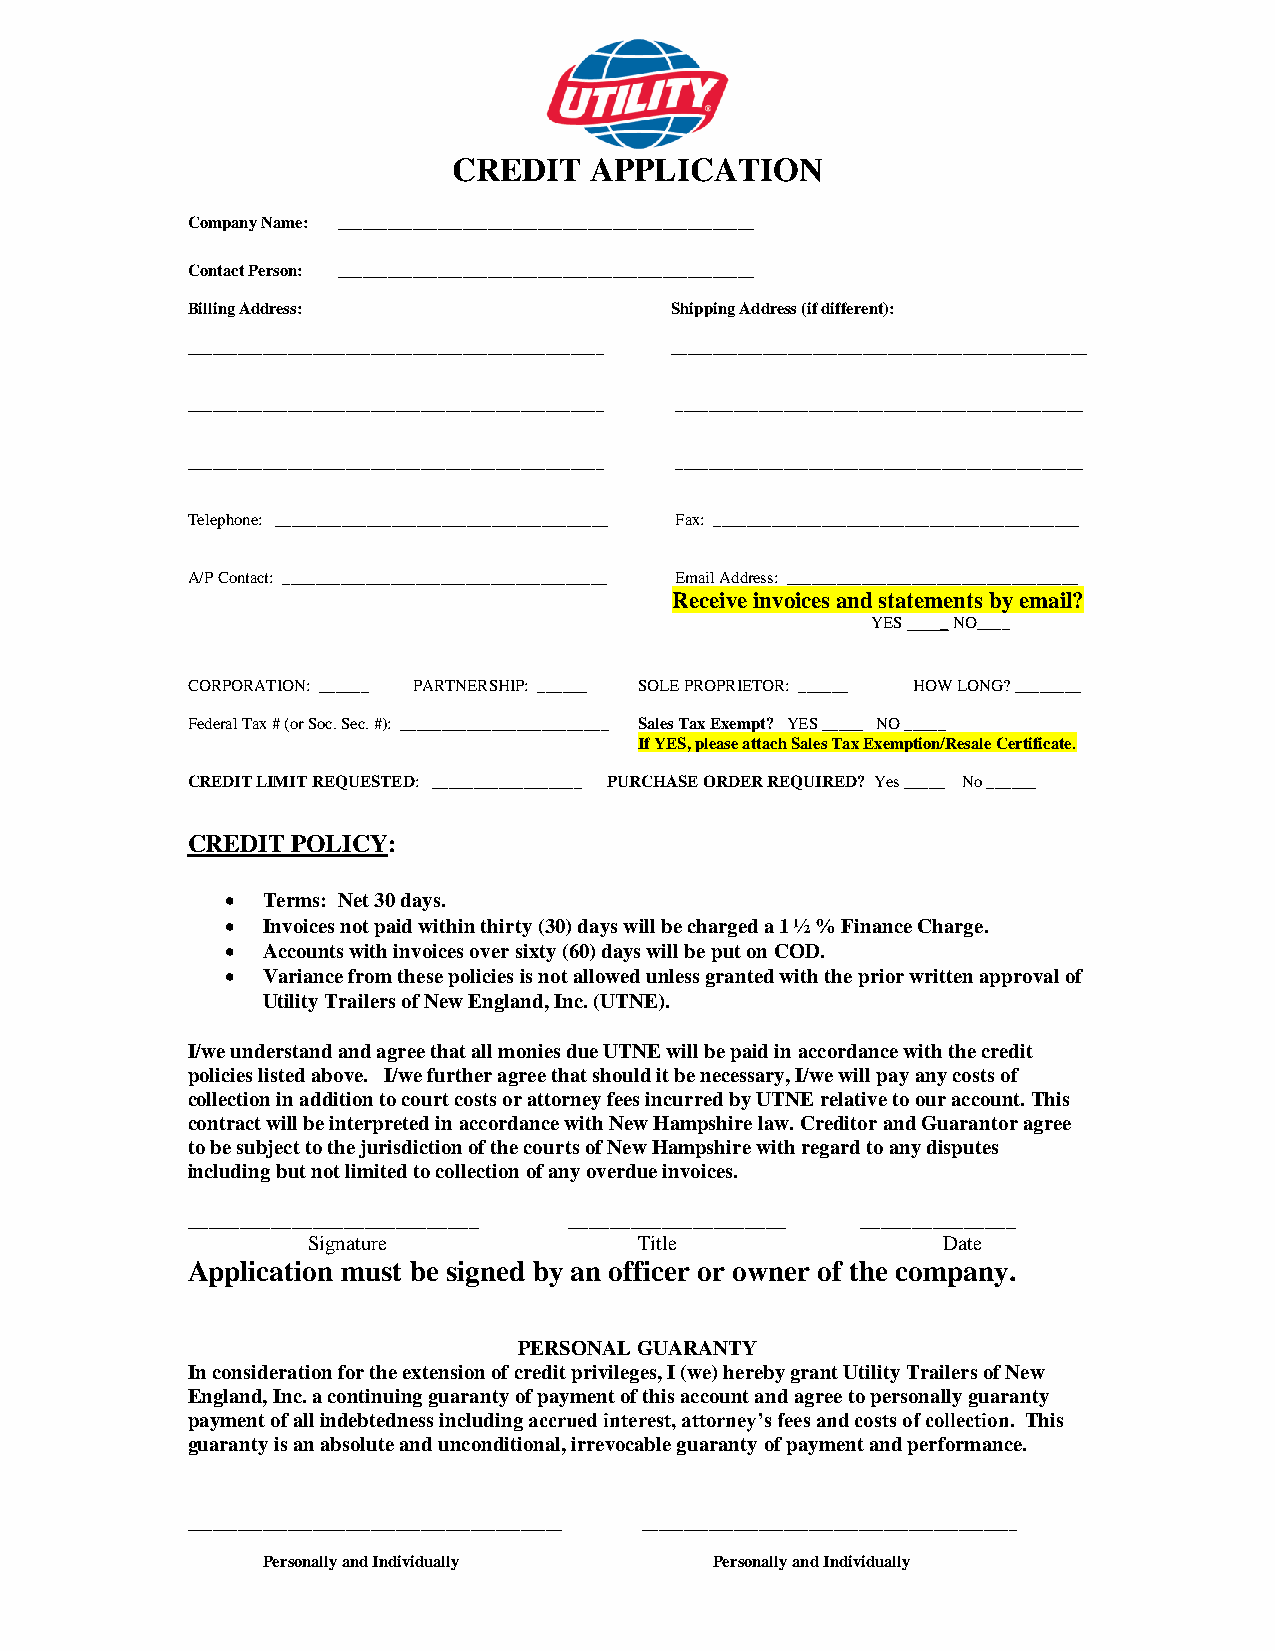
CREDIT   APPLICATION
 Company Name: __________________________________________________
 Contact Person: __________________________________________________
 Billing Address:                Shipping Address (if different):
 __________________________________________________ __________________________________________________
 __________________________________________________ _________________________________________________
 __________________________________________________ _________________________________________________
 Telephone: ________________________________________ Fax: ____________________________________________
 A/P Contact: _______________________________________ Email Address: ___________________________________
 Receive invoices and statements by email?
 YES _ NO____
 CORPORATION: ______ PARTNERSHIP: ______ SOLE PROPRIETOR: ______ HOW LONG? ________
 Federal Tax # (or Soc. Sec. #): _________________________ Sales Tax Exempt? YES _____ NO _____
 If YES, please attach Sales Tax Exemption/Resale Certificate.
 CREDIT LIMIT REQUESTED: __________________ PURCHASE ORDER REQUIRED? Yes _____ No ______
 CREDIT POLICY:
 • Terms: Net 30 days.
 • Invoices not paid within thirty (30) days will be charged a 1 ½ % Finance Charge.
 • Accounts with invoices over sixty (60) days will be put on COD.
 • Variance from these policies is not allowed unless granted with the prior written approval of
 Utility Trailers of New England, Inc. (UTNE).
 I/we understand and agree that all monies due UTNE will be paid in accordance with the credit
 policies listed above. I/we further agree that should it be necessary, I/we will pay any costs of
 collection in addition to court costs or attorney fees incurred by UTNE relative to our account. This
 contract will be interpreted in accordance with New Hampshire law. Creditor and Guarantor agree
 to be subject to the jurisdiction of the courts of New Hampshire with regard to any disputes
 including but not limited to collection of any overdue invoices.
 ____________________________ _____________________ _______________
 Signature             Title               Date
 Application must be signed by an officer or owner of the company.
 PERSONAL GUARANTY
 In consideration for the extension of credit privileges, I (we) hereby grant Utility Trailers of New
 England, Inc. a continuing guaranty of payment of this account and agree to personally guaranty
 payment of all indebtedness including accrued interest, attorney’s fees and costs of collection. This
 guaranty is an absolute and unconditional, irrevocable guaranty of payment and performance.
 _____________________________________________ _____________________________________________
 Personally and Individually   Personally and Individually